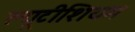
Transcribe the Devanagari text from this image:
ल्यूटीशियम